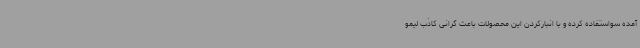
آمده سواستفاده کرده و با انبارکردن این محصولات باعث گرانی کاذب لیمو